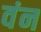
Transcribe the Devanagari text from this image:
वंन